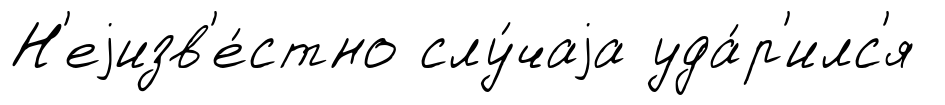
Н'еjизв'е́стно слу́чаjа уда́р'илс'я